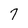
Character: 7